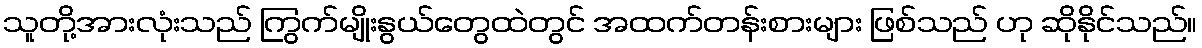
သူတို့အားလုံးသည် ကြွက်မျိုးနွယ်တွေထဲတွင် အထက်တန်းစားများ ဖြစ်သည် ဟု ဆိုနိုင်သည်။